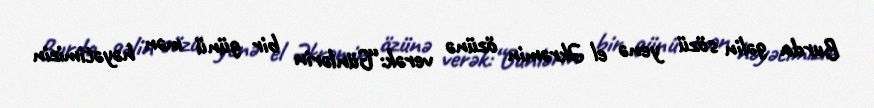
Burda gəlin sözü yenə el Əkrəmin özünə verək:“Günlərin bir günü mən həyətimizin